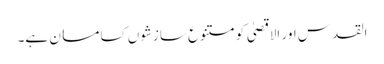
القدس اور الاقصیٰ کو متنوع سازشوں کسا مسان ہے۔